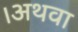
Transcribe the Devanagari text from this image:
।अथवा